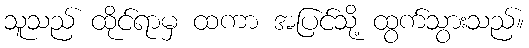
သူသည် ထိုင်ရာမှ ထကာ အပြင်သို့ ထွက်သွားသည်။